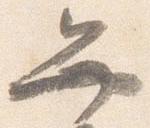
弁